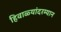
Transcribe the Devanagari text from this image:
हिवाळ्यांदरम्यान